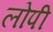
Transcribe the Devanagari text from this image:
लोपी